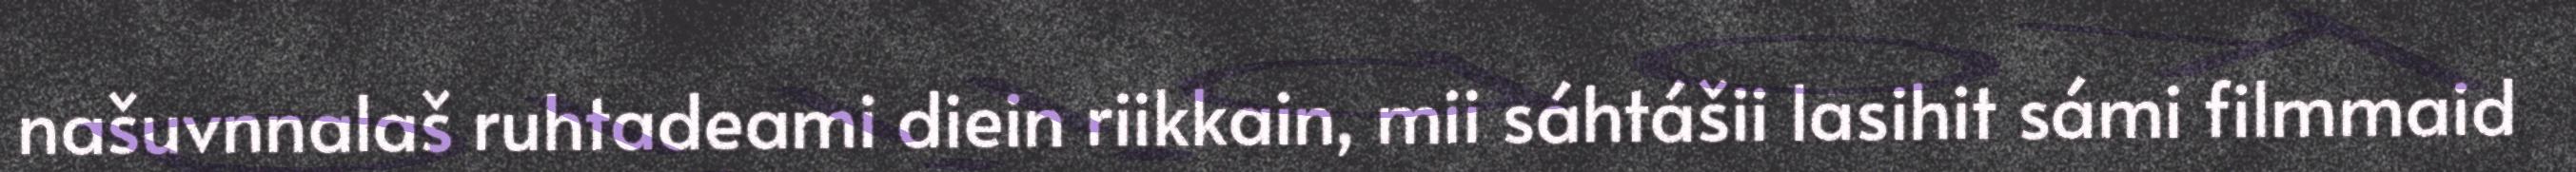
našuvnnalaš ruhtadeami diein riikkain, mii sáhtášii lasihit sámi filmmaid